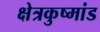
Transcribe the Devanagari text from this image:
क्षेत्रकुष्मांड